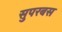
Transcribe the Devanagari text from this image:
सुपरबस